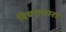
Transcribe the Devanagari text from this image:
विचराधारा